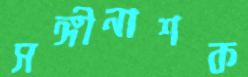
সঙ্গীনাশক